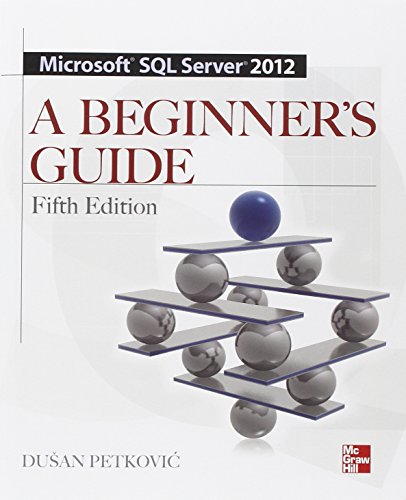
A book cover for Microsoft SQL Server 2012 A Beginners Guide 5/E; Dusan Petkovic; Computers & Technology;